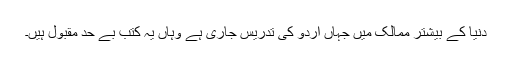
دنیا کے بیشتر ممالک میں جہاں اردو کی تدریس جاری ہے وہاں یہ کتب بے حد مقبول ہیں۔